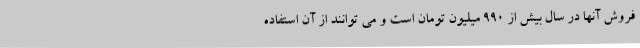
فروش آنها در سال بیش از 990 میلیون تومان است و می توانند از آن استفاده